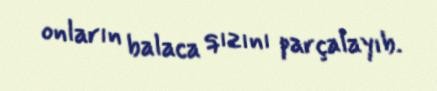
onların balaca qızını parçalayıb.